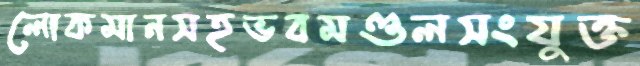
লোকমানসহভবমণ্ডলসংযুক্ত